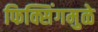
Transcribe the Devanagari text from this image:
फिक्सिंगमुळे